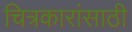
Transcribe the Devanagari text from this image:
चित्रकारांसाठी